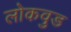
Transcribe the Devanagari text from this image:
लोकवुड